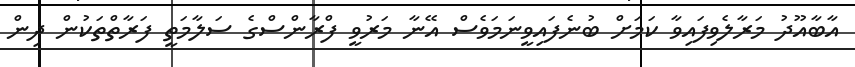
އާބާއޫދު މަރާލެވިފައިވާ ކަމަށް ބުނެފައިވީނަމަވެސް އޭނާ މަރުވީ ފްރާންސްގެ ސަލާމަތީ ފަރާތްތަކުން ދިން